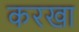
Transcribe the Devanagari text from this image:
करखा